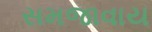
સમજાવાય